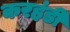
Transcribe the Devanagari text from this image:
करहंडी